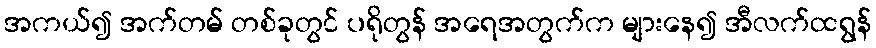
အကယ်၍ အက်တမ် တစ်ခုတွင် ပရိုတွန် အရေအတွက်က များနေ၍ အီလက်ထရွန်